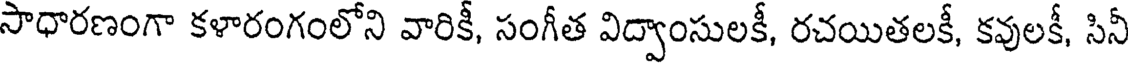
సాధారణంగా కళారంగంలోని వారికీ, సంగీత విద్వాంసులకీ, రచయితలకీ, కవులకీ, సినీ